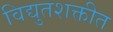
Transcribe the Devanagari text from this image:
विद्युतशक्तीत